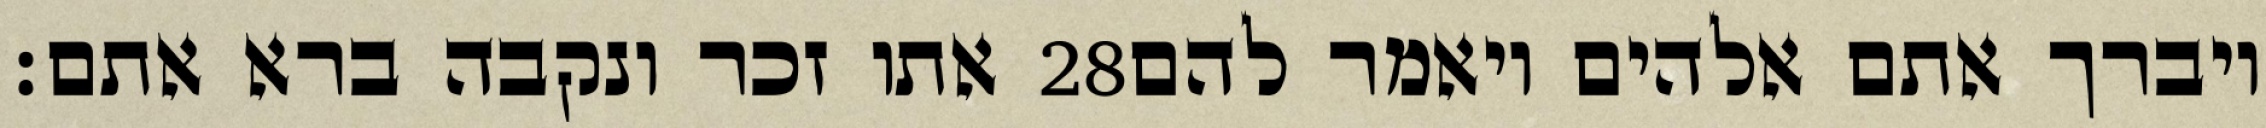
אתו זכר ונקבה ברא אתם׃ ‎28‏ ויברך אתם אלהים ויאמר להם